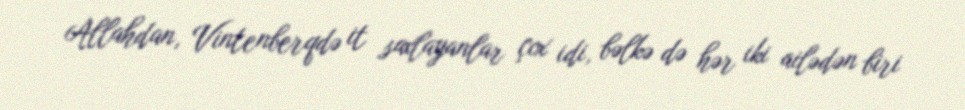
Allahdan, Vintenberqdə it saxlayanlar çox idi, bəlkə də hər iki ailədən biri